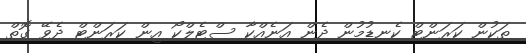
ތަކުން ކަރަންޓް ކެނޑުމުން ދެން އަނެއްކާ ސްޓެލްކޯ އިން ކަރަންޓް ދެވޭ ގޮތް